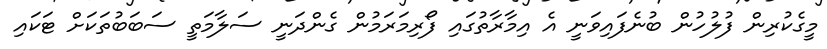
މީގެކުރިން ފުލުހުން ބުނެފައިވަނީ އެ އިމާރާތުގައި ފޯރިމަރަމުން ގެންދަނީ ސަލާމަތީ ސަބަބުތަކަށް ޓަކައި